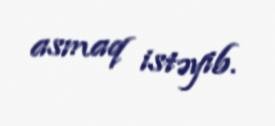
asmaq istəyib.